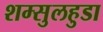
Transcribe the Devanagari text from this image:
शम्सुलहुडा